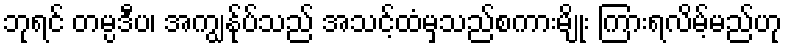
ဘုရင် တမ္ပဒီပ၊ အကျွန်ုပ်သည် အသင့်ထံမှသည်စကားမျိုး ကြားရလိမ့်မည်ဟု